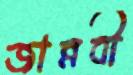
জান্নবী